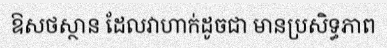
ឱសថស្ថាន ដែលវាហាក់ដូចជា មានប្រសិទ្ធភាព